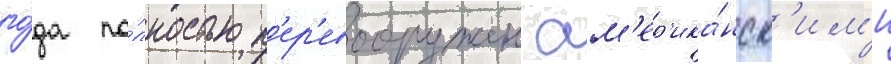
го́да по́лностью п'ер'евооружен ам'ер'ика́нск'им'и